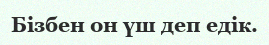
Бізбен он үш деп едік.